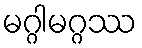
မဂ္ဂါမဂ္ဂဿ